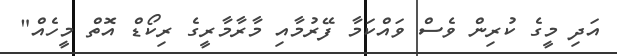
އަދި މީގެ ކުރިން ވެސް ވައްކަމާ ފޭރުމާއި މާރާމާރީގެ ރިކޯޑް އޮތް މީހެއް"